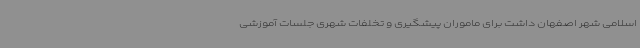
اسلامی شهر اصفهان داشت برای ماموران پیشگیری و تخلفات شهری جلسات آموزشی